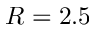
R = 2 . 5